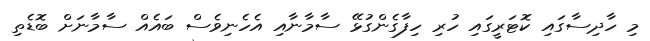
މި ހާދިސާގައި ކޮޓަރީގައި ހުރި ހިފާގެންގުޅޭ ސާމާނާއި އެހެނިވެސް ބައެއް ސާމާނަށް ބޮޑެތި